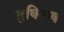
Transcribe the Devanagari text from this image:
हृषिकेष